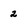
Character: 2